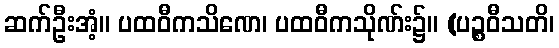
ဆက်ဦးအံ့။ ပထဝီကသိဏေ၊ ပထဝီကသိုဏ်း၌။ (ပဉ္စဝီသတိ၊